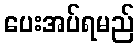
ပေးအပ်ရမည်